Report on sanitation, dispensaries, and jails in Rajputana for 1917, and on vaccination for the year 1917-1918 - 1917-1918
Year: 1917
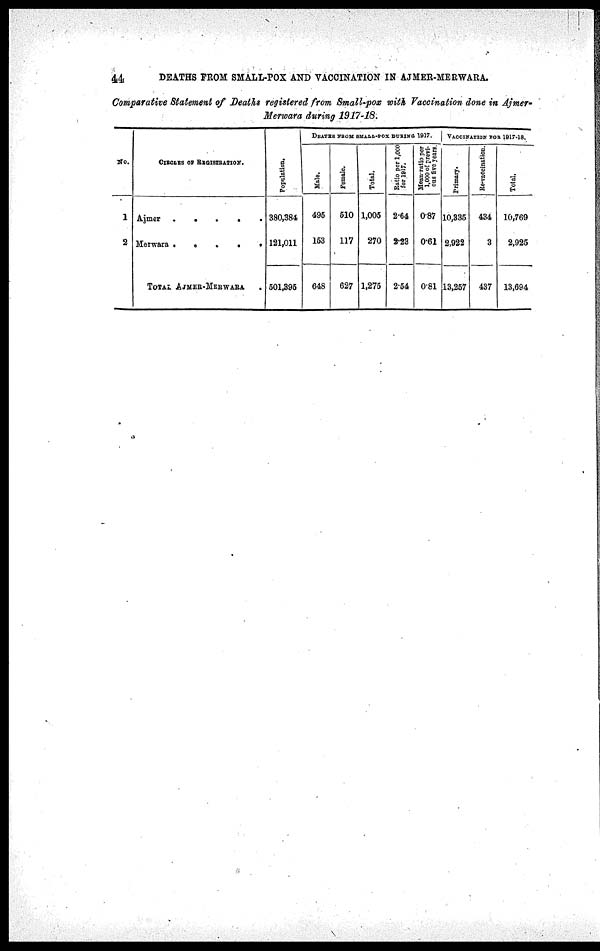
44
DEATHS FROM SMALL-POX AND VACCINATION IN AJMER-MERWARA.
Comparative Statement of Deaths registered from Small-pox with Vaccination done in Ajmer¬
Merwara during 1917-18.
No.
1
2
CIRCLES OF REGISTRATION.
Ajmer
.
.
.
. .
Merwara .
.
.
.
.
TOTAL AJMER-MERWARA.
Population.
380,384
121,011
501,395
DEATHS FROM SMALL-POX DURING 1917.
Male.
495
153
648
Female.
510
117
627
Total.
1,005
270
1,275
Ratio per 1,000
for 1917.
2.64
2.23
2.54
Mean ratio per
1,000 of previ-
ous five years.
0.87
0.61
0.81
VACCINATION FOR 1917-18.
Primary.
10,335
2,922
13,257
Re-vaccination.
434
3
437
Total.
10,769
2,925
13,694